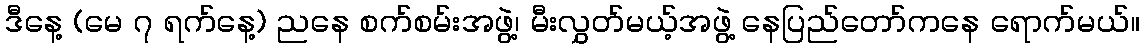
ဒီနေ့ (မေ ၇ ရက်နေ့) ညနေ စက်စမ်းအဖွဲ့၊ မီးလွှတ်မယ့်အဖွဲ့ နေပြည်တော်ကနေ ရောက်မယ်။